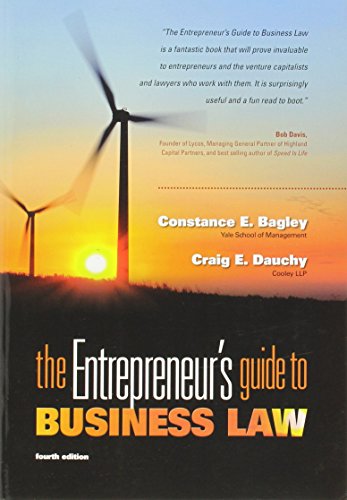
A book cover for The Entrepreneur's Guide to Business Law, 4th Edition; Constance E. Bagley; Law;